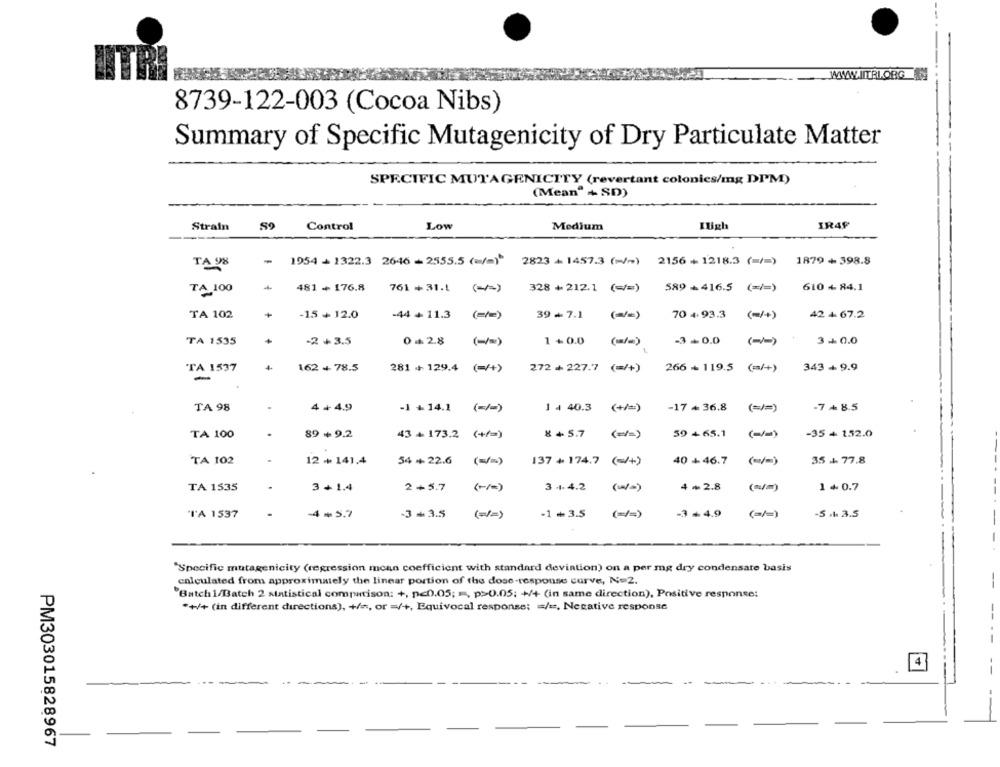
8739-122-003 (Cocoa Nibs)
Summary of Specific Mutagenicity of Dry Particulate Matter
SPECIFIC MUTAGENICTTY (revertant colonics/mg DIM)
(Mean" + SD)
Strain
59
Control
Low
Medium
Iligh
IR4F
-
1954 + 1322.3 2646 = 2555.5(=/=) 2823+14573 (=/=) 2156 + 1218.3 (=/=) 1879 + 398.8
TA 98
TA 100
481 + 176.8
761 +31.1 (-)
328 + 212.1 (=/=) 589 - 416.5 ( == )
610 + 84.1
TA 102
+
-15 + 12.0
-44 + 11.3 (=/=)
42 + 67.2
39-7.1 (=/=)
70 4. 93.3 (~/+)
TA 1535
-2 +3.5
028
1+0.0 (/)
-3-0.0 ()
3+0.0
TA 1537
162 + 78.5
281 + 129.4 (=/+)
272 + 227.7 (=/+)
266 - 119.5 (=/+)
343 + 9.9
-
TA 98
4+4.9
(=/=)
-7 8.5
-1 +14.1 (=/=)
1 4 40.3 (+/=)
-17+ 36.8
TA 100
.
89 +9.2
43 + 173.2 (+/=)
8 + 5.7
( == )
39 + 65.1
-35 + 152.0
TA 102
.
12 + 141.4
54 +22.6 (=/=)
40 + 46.7
35 + 77.8
137 + 174.7 (-/+)
(=)
TA 1535
3 +1.4
2+5.7
(-1)
3 +4.2
(w/=)
4 +2.8
(=/m)
1 + 0.7
"T'A 1537
-4-57
-3-3.5
(=/=)
-1+3.5
( == )
-3-4.9
(=/=)
-5 .1. 3.5
-
"Specific mutagenicity (regression mcan coefficient with standard deviation) on a per mg dry condensate basis
calculated from approximately the linear portion of the dose-response curve, No 2.
-
"Batch1/Batch 2 statistical comparison: +, pcD.05; , p>0.05; +/+ (in same direction), Positive response:
*+/+ (in different directions), +/a, or =/+, Equivocal response; = / =, Necative response
----
4
PM303015828967